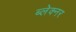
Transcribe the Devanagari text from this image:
ब्लेक्नर